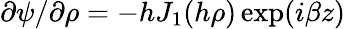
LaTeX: \partial\psi/\partial\rho=-hJ_{1}(h\rho)\exp(i\beta z)